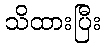
သိထားပြီး